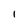
Character: l